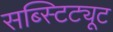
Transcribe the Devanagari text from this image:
सब्स्टिट्यूट